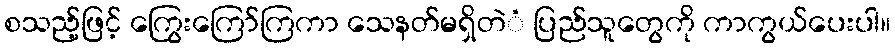
စသည့်ဖြင့် ကြွေးကြော်ကြကာ သေနတ်မရှိတဲံ ပြည်သူတွေကို ကာကွယ်ပေးပါ။